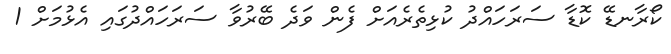
ކޯރާނޑޭ ކޮޑާ ސަރަހައްދު ކުޅިތެރެއަށް ފެން ވަދެ ބޭރުވާ ސަރަހައްދުގައި އެޅުމަށް 1